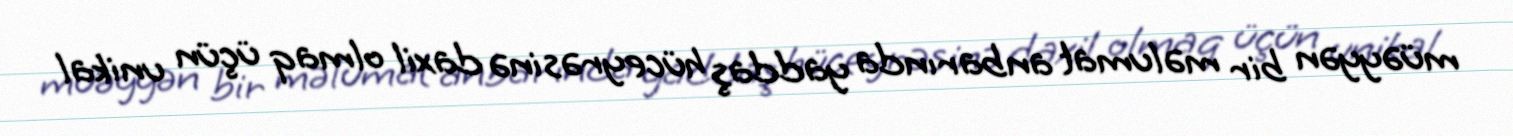
müəyyən bir məlumat anbarında yaddaş hüceyrəsinə daxil olmaq üçün unikal